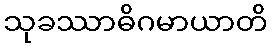
သုခဿာဓိဂမာယာတိ